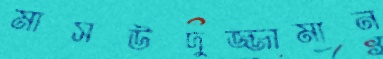
মাসউদুজ্জামান